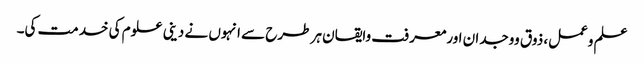
علم وعمل، ذوق ووجدان اورمعرفت وایقان ہر طرح سے انہوں نے دینی علوم کی خدمت کی۔